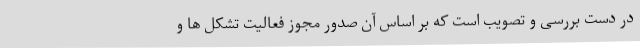
در دست بررسی و تصویب است که بر اساس آن صدور مجوز فعالیت تشکل ها و